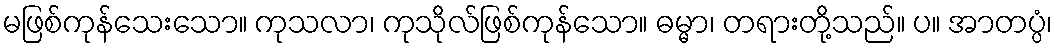
မဖြစ်ကုန်သေးသော။ ကုသလာ၊ ကုသိုလ်ဖြစ်ကုန်သော။ ဓမ္မာ၊ တရားတို့သည်။ ပ။ အာတပ္ပံ၊